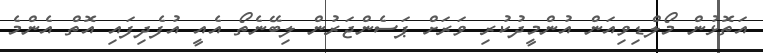
އަތޮޅުން މޯލްޑިވިއަން އުންމީދުކުރި ވަރަށް ޕަސެންޖަރުން ލިބޭނެތޯ އެއީ އުފެދިފައި އޮތް އެންމެ